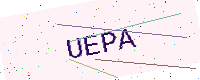
Text: UEPA